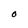
Character: O